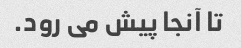
تا آنجا پیش می رود.